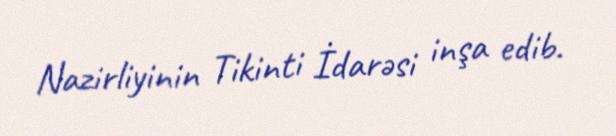
Nazirliyinin Tikinti İdarəsi inşa edib.